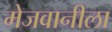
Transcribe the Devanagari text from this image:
मेजवानीला